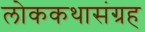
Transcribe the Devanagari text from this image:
लोककथासंग्रह